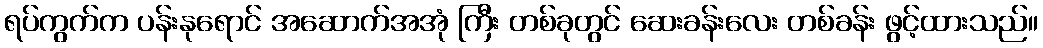
ရပ်ကွက်က ပန်းနုရောင် အဆောက်အအုံ ကြီး တစ်ခုတွင် ဆေးခန်းလေး တစ်ခန်း ဖွင့်ထားသည်။